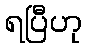
ရပြီဟု